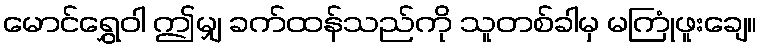
မောင်ရွှေဝါ ဤမျှ ခက်ထန်သည်ကို သူတစ်ခါမှ မကြုံဖူးချေ။